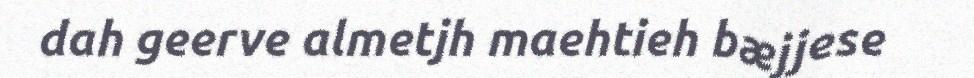
dah geerve almetjh maehtieh bæjjese